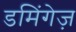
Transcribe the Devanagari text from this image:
डमिंगेज़